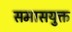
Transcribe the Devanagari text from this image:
समासयुक्त